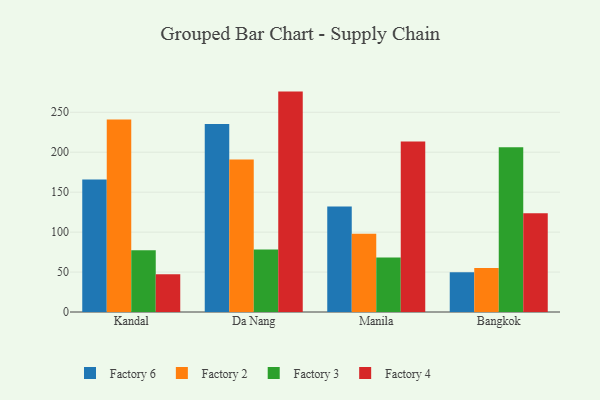
{"axis": {"x": "City", "y": "Waste Production (Tons)"}, "legend": ["Factory 2", "Factory 3", "Factory 4", "Factory 6"], "data": [{"x": "Kandal", "y": 166.0, "type": "Factory 6"}, {"x": "Kandal", "y": 241.0, "type": "Factory 2"}, {"x": "Kandal", "y": 77.4, "type": "Factory 3"}, {"x": "Kandal", "y": 47.1, "type": "Factory 4"}, {"x": "Da Nang", "y": 235.3, "type": "Factory 6"}, {"x": "Da Nang", "y": 191.0, "type": "Factory 2"}, {"x": "Da Nang", "y": 78.1, "type": "Factory 3"}, {"x": "Da Nang", "y": 275.9, "type": "Factory 4"}, {"x": "Manila", "y": 132.0, "type": "Factory 6"}, {"x": "Manila", "y": 97.9, "type": "Factory 2"}, {"x": "Manila", "y": 68.3, "type": "Factory 3"}, {"x": "Manila", "y": 213.3, "type": "Factory 4"}, {"x": "Bangkok", "y": 49.9, "type": "Factory 6"}, {"x": "Bangkok", "y": 55.1, "type": "Factory 2"}, {"x": "Bangkok", "y": 206.2, "type": "Factory 3"}, {"x": "Bangkok", "y": 123.5, "type": "Factory 4"}]}